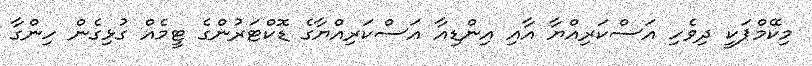
މިކޭމްޕަކީ ދިވެހި އަސްކަރިއްޔާ އާއި އިންޑިއާ އަސްކަރިއްޔާގެ ޑޮކްޓަރުންގެ ޓީމެއް ގުޅިގެން ހިންގާ